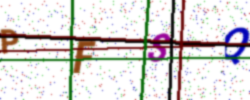
Text: PFSQ